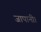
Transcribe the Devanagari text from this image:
जापानी।